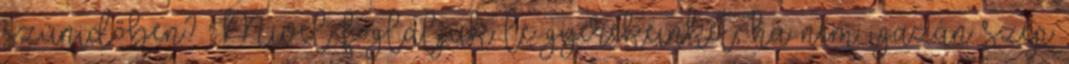
szünidőben? Mivel foglaljuk le gyerekeinket, ha nem igazán szép